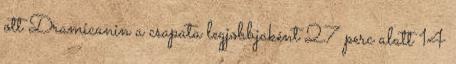
ott Dramicanin a csapata legjobbjaként 27 perc alatt 14